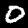
Label: 0